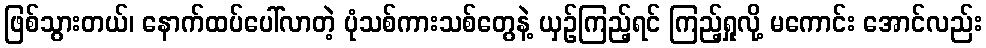
ဖြစ်သွားတယ်၊ နောက်ထပ်ပေါ်လာတဲ့ ပုံသစ်ကားသစ်တွေနဲ့ ယှဉ်ကြည့်ရင် ကြည့်ရှုလို့ မကောင်း အောင်လည်း